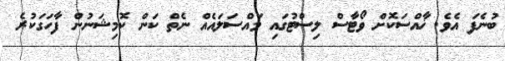
ބުނެފަ އެވެ. ޚާއްސަކޮށް ވޯޓާސް ލިސްޓުގައި މައްސަލައެއް ނެތް ކަން ކޮމިޝަނުން ފާހަގަކުރެ